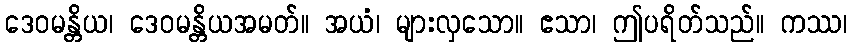
ဒေဝမန္တိယ၊ ဒေဝမန္တိယအမတ်။ အယံ၊ များလှသော။ ဧသာ၊ ဤပရိတ်သည်။ ကဿ၊